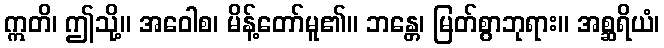
ဣတိ၊ ဤသို့။ အဝေါစ၊ မိန့်တော်မူ၏။ ဘန္တေ၊ မြတ်စွာဘုရား။ အစ္ဆရိယံ၊